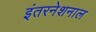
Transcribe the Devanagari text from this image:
इंतरनेशनाल